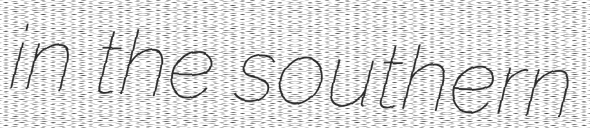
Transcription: in the southern